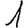
Digit: 1